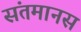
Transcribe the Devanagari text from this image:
संतमानस